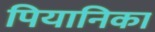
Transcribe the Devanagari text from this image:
पियानिका